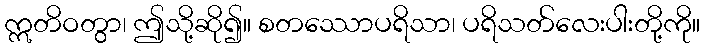
ဣတိဝတွာ၊ ဤသို့ဆို၍။ စတဿောပရိသာ၊ ပရိသတ်လေးပါးတို့ကို။